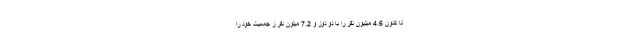
تا کنون 4.6 میلیون نفر را با دو دوز و 7.2 میلون نفر ز جمعیت خود را